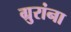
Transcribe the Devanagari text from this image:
ग्रुरांना